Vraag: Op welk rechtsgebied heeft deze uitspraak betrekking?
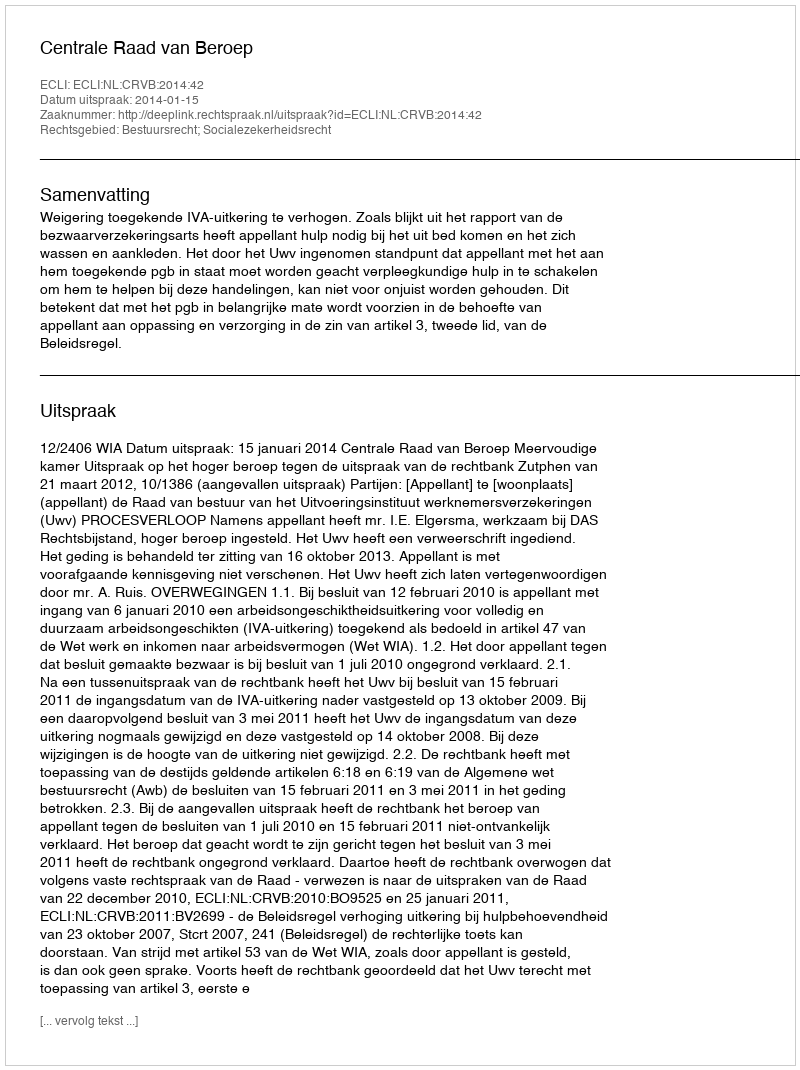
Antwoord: Bestuursrecht; Socialezekerheidsrecht